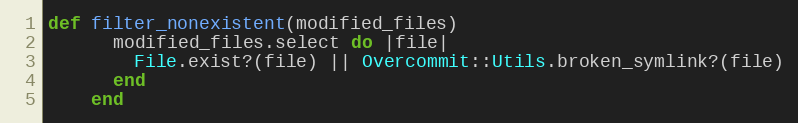
Language: Ruby
def filter_nonexistent(modified_files)
      modified_files.select do |file|
        File.exist?(file) || Overcommit::Utils.broken_symlink?(file)
      end
    end